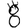
Digit: 8